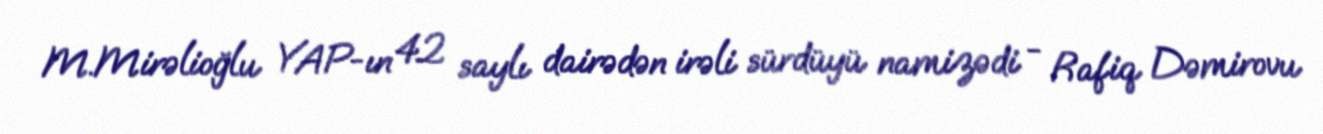
M.Mirəlioğlu YAP-ın 42 saylı dairədən irəli sürdüyü namizədi - Rafiq Dəmirovu